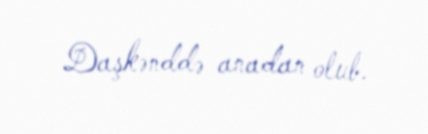
Daşkənddə anadan olub.